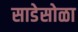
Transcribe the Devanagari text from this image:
साडेसोळा